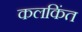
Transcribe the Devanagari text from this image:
कलकिंत